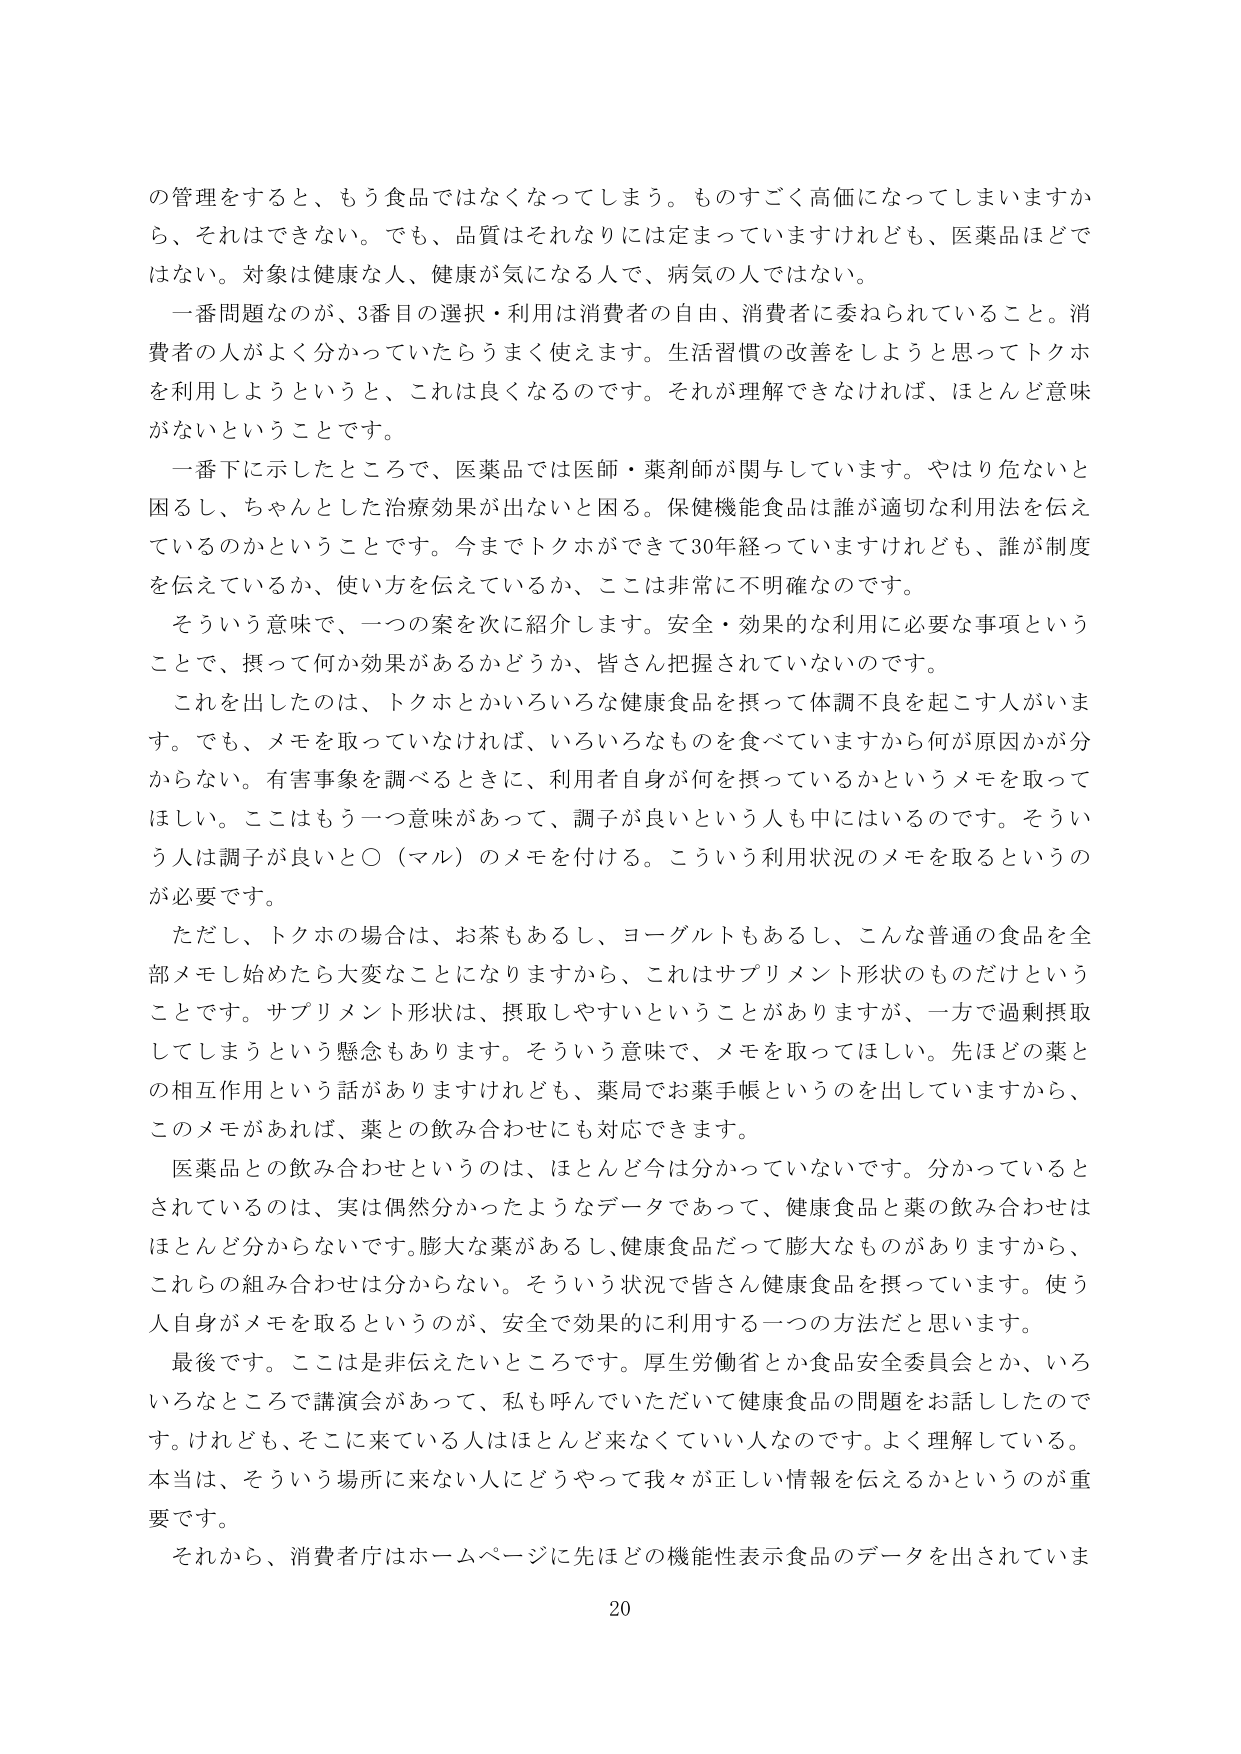
の管理をすると、もう食品ではなくなってしまう。ものすごく高価になってしまいますから、それはできない。でも、品質はそれなりには定まっていますけれども、医薬品ほどではない。対象は健康な人、健康が気になる人で、病気の人ではない。

一番問題なのが、3番目の選択・利用は消費者の自由、消費者に委ねられていること。消費者の人がよく分かっていたらうまく使えます。生活習慣の改善をしようと思ってトクホを利用しようというと、これは良くなるのです。それが理解できなければ、ほとんど意味がないということです。

一番下に示したところで、医薬品では医師・薬剤師が関与しています。やはり危ないと困るし、ちゃんとした治療効果が出ないと困る。保健機能食品は誰が適切な利用法を伝えているのかということです。今までトクホができて30年経っていますけれども、誰が制度を伝えているか、使い方を伝えているか、ここは非常に不明確なのです。

そういう意味で、一つの案を次に紹介します。安全・効果的な利用に必要な事項ということで、摂って何か効果があるかどうか、皆さん把握されていないのです。

これを出したのは、トクホとかいろいろな健康食品を摂って体調不良を起こす人がいます。でも、メモを取っていなければ、いろいろなものを食べていますから何が原因かが分からない。有害事象を調べるときに、利用者自身が何を摂っているかというメモを取ってほしい。ここはもう一つ意味があって、調子が良いという人も中にはいるのです。そういう人は調子が良いと〇（マル）のメモを付ける。こういう利用状況のメモを取るというのが必要です。

ただし、トクホの場合は、お茶もあるし、ヨーグルトもあるし、こんな普通の食品を全部メモし始めたら大変なことになりますから、これはサプリメント形状のものだけということです。サプリメント形状は、摂取しやすいということがありますか、一方で過剰摂取してしまうという懸念もあります。そういう意味で、メモを取ってほしい。先ほどどの薬との相互作用という話がありますけれども、薬局でお薬手帳というのを出していますから、このメモがあれば、薬との飲み合わせにも対応できます。

医薬品との飲み合わせというのは、ほとんど今は分かっていないです。分かっているとされているのは、実は偶然分かったようなデータであって、健康食品と薬の飲み合わせはほとんど分からないです。膨大な薬があるし、健康食品だって膨大なものがありますから、これらの組み合わせは分からない。そういう状況で皆さん健康食品を摂っています。使う人自身がメモを取るというのが、安全で効果的に利用する一つの方法だと思います。

最後です。ここは是非伝えたいところです。厚生労働省とか食品安全委員会とか、いろいろなところで講演会があって、私も呼んでいただいて健康食品の問題をお話ししたのです。けれども、そこに来ている人はほとんど来なくていい人なのです。よく理解している。本当は、そういう場所に来ない人にどうやって我々が正しい情報を伝えるかというのが重要です。

それから、消費者庁はホームページに先ほどの機能性表示食品のデータを出されていま

20